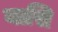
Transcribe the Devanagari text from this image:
यासि